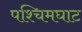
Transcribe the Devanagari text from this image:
पश्चिमघाट